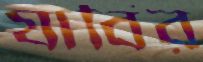
যাবির